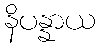
နိပန္နာယ